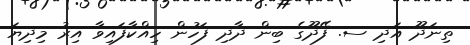
ތިނަދޫ އަދި ސ. ފޭދޫގެ ބިން ދާދި ފަހުން ހިއްކާފައިވާ އިރު މިދިޔަ